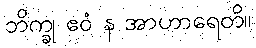
ဘိက္ခု ဧဝံ န အာဟာရေတိ။